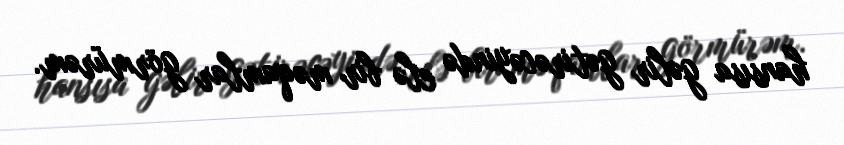
hansısa gəlir gətirəcəyində elə bir məqamlar görmürəm.